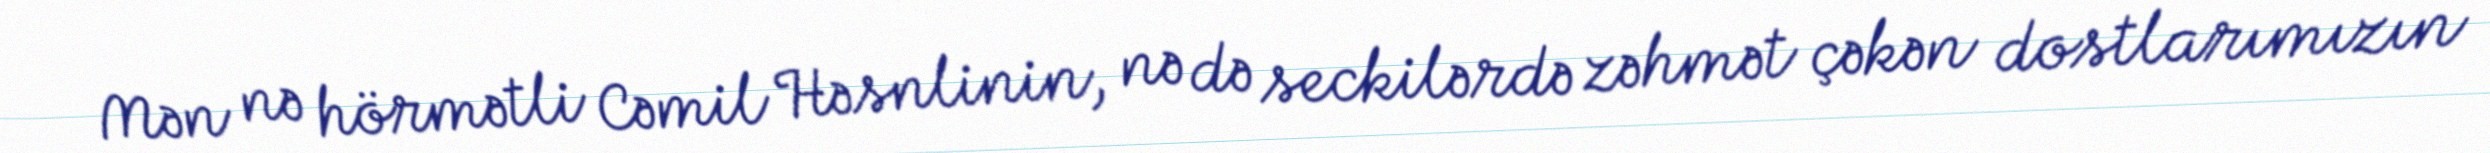
Mən nə hörmətli Cəmil Həsnlinin, nə də seckilərdə zəhmət çəkən dostlarımızın